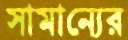
সামান্যের